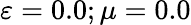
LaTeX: \varepsilon=0.0;\mu=0.0